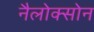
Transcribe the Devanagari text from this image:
नैलोक्सोन